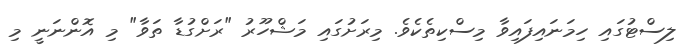
ލިސްޓުގައި ހިމަނައިފައިވާ މިސްކިތެކެވެ. މިރަށުގައި މަޝްހޫރު "ރަށްގުޑާ ތަވާ" މި އޮންނަނީ މި